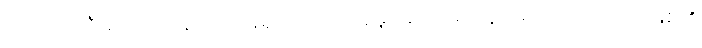
အကူအညီများပေးနေသည့် ခရိုင်အလုပ်အမှုဆောင် ရုံးတွင်မရှိဘဲ ထားဝယ်မြစ်၏